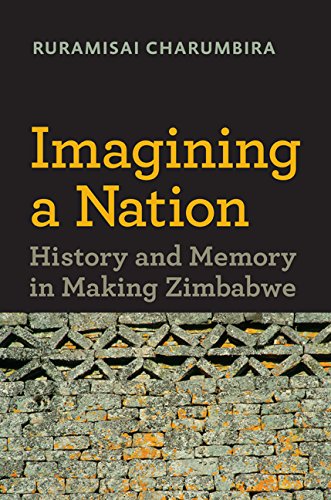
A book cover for Imagining a Nation: History and Memory in Making Zimbabwe (Reconsiderations in Southern African History); Ruramisai Charumbira; History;